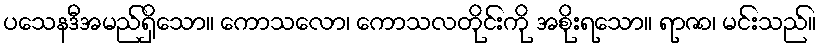
ပသေနဒီအမည်ရှိသော။ ကောသလော၊ ကောသလတိုင်းကို အစိုးရသော။ ရာဇာ၊ မင်းသည်။